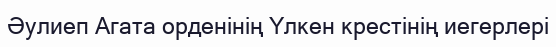
Әулиеп Агата орденінің Үлкен крестінің иегерлері